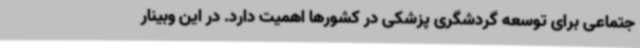
جتماعی برای توسعه گردشگری پزشکی در کشورها اهمیت دارد. در این وبینار